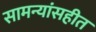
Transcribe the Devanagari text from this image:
सामन्यांसहीत